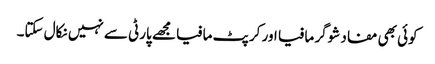
کوئی بھی مفاد شوگر مافیا اور کرپٹ مافیا مجھے پارٹی سے نہیں نکال سکتا۔